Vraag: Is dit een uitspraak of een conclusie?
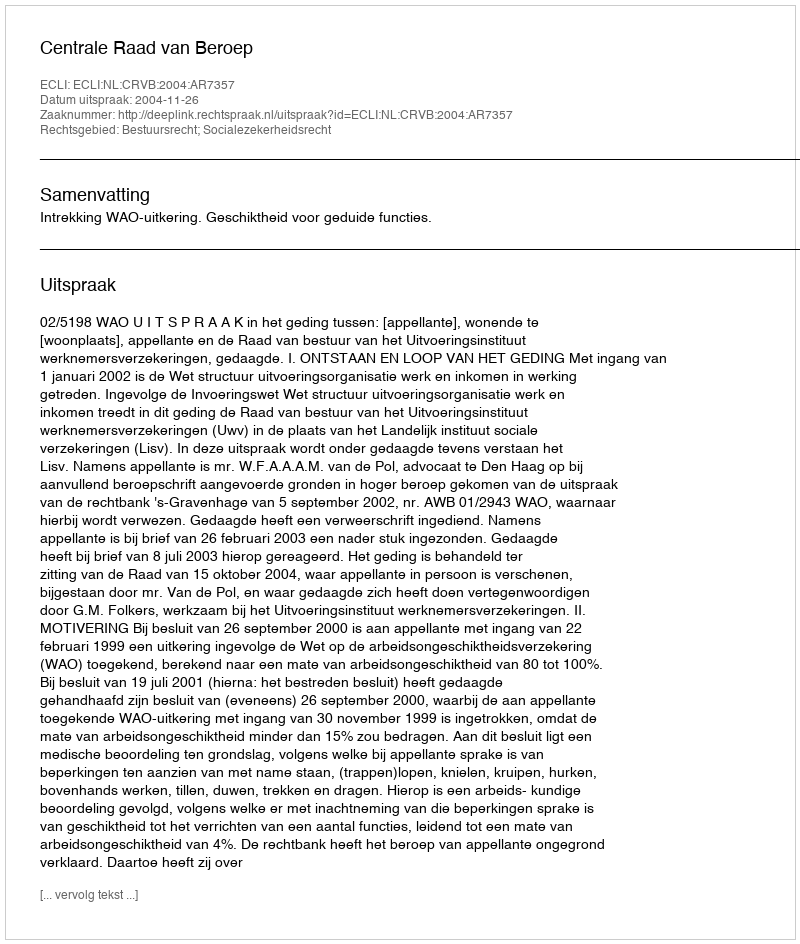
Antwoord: Uitspraak